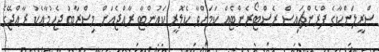
ސްރީލަންކާގެ ފްރެންޗައިސް ރެސްޓޯރެންޓެއް ކަމަށްވާ ކެލޮރީ ކައުންޓާ ރާއްޖެއަށް މިސްރާބު ޖެހުމާއެކު ރާއްޖޭގެ